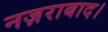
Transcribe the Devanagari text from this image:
नज़राबाद।